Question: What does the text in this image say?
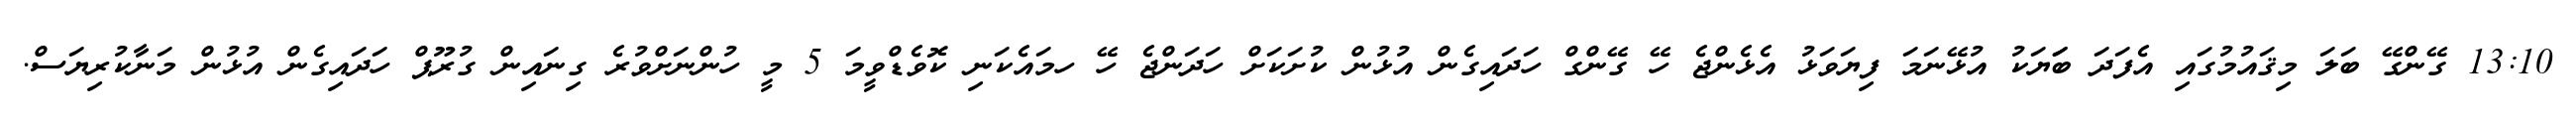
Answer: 13:10 ގޭންގޭ ބަލަ މިޤައުމުގައި އެފަދަ ބަަޔަކު އުޅޭނަމަ ފިޔަވަޅު އެޅެންޖެ ހޭ ގޭންގް ހަދައިގެން އުޅުން ކުށަކަށް ހަދަންޖެ ހޭ ހމައެކަނި ކޮވެޑްވީމަ 5 މީ ހުންނަށްވުރެ ގިނައިން ގުރޫޕް ހަދައިގެން އުޅުން މަނާކުރިޔަސް.